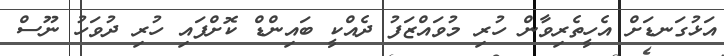
އަޅުގަނޑަށް އެހީތެރިވާން ހުރި މުވައްޒަފު ދެއްކީ ބައިންޑް ކޮށްފައި ހުރި ދުވަހު ނޫސް